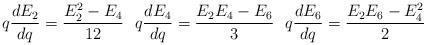
LaTeX: \begin{align*}q\frac{d E_2}{dq} = \frac{E_2^2 - E_4}{12}\ \ q\frac{d E_4}{dq} = \frac{E_2E_4 - E_6}{3} \ \ q\frac{d E_6}{dq} = \frac{E_2E_6 - E_4^2}{2}\end{align*}